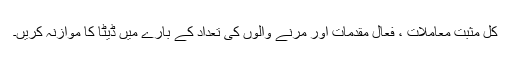
کل مثبت معاملات ، فعال مقدمات اور مرنے والوں کی تعداد کے بارے میں ڈیٹا کا موازنہ کریں۔